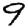
Digit: 9